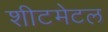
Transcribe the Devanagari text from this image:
शीटमेटल